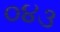
૦૪૩